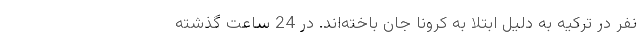
نفر در ترکیه به دلیل ابتلا به کرونا جان باخته‌اند. در 24 ساعت گذشته